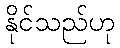
နိုင်သည်ဟု